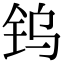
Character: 钨